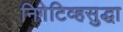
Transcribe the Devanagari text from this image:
निगेटिव्हसुद्धा